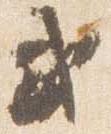
或